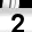
Digit: 2